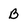
Character: B